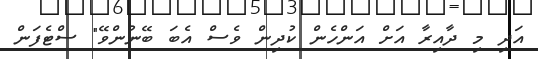
އަދި މި ދާއިރާ އަށް އަންހެން ކުދިން ވެސް އެބަ ބޭނުންވޭ" ސްޓެފަން